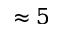
\approx 5